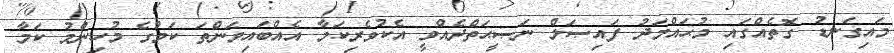
މައިގަނޑު ގޮތެއްގައި މުޙައްމަދު ފައިޞަލް ނަޞީޙަތްދެއްވީ އެކުވެރިކަމާ އެއްބައިވަންތަ ކަމުގެ މުހިންމު ކަމާ